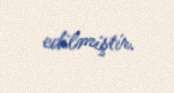
edilmiştir.